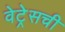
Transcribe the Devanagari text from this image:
वेट्रेसची